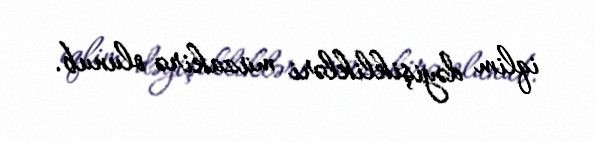
iqlim dəyişiklikləri müzakirə olunub.